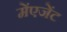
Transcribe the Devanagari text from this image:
मेंएजेंट